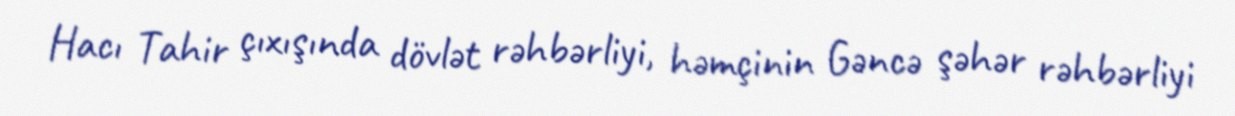
Hacı Tahir çıxışında dövlət rəhbərliyi, həmçinin Gəncə şəhər rəhbərliyi